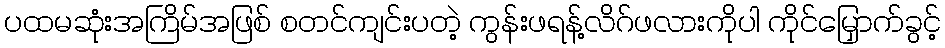
ပထမဆုံးအကြိမ်အဖြစ် စတင်ကျင်းပတဲ့ ကွန်းဖရန့်လိဂ်ဖလားကိုပါ ကိုင်မြှောက်ခွင့်